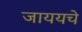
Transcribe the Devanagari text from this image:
जाययचे